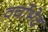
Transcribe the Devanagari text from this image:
वर्चोभेद